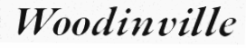
Woodinville